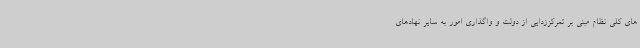
های کلی نظام مبنی بر تمرکززدایی از دولت و واگذاری امور به سایر نهادهای